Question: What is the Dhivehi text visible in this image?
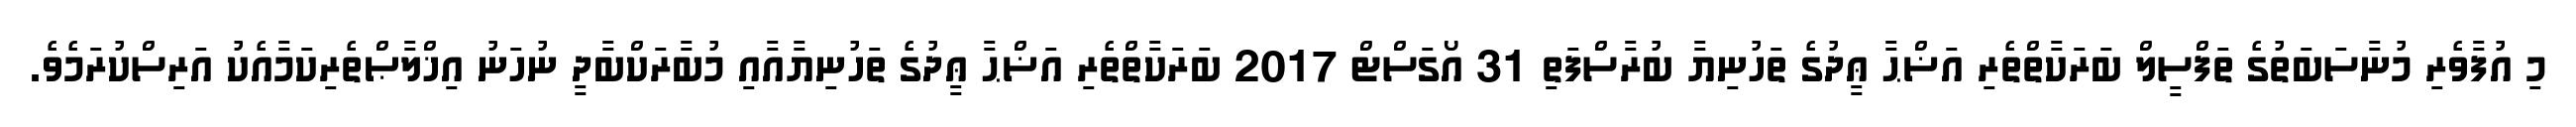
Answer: މި އުފާވެރި މުނާސަބަތުގެ ތަފްސީލް ބަރަކާތްތެރި އަޟްޙާ ޢީދުގެ ތަހުނިޔާ ބުރާސްފަތި 31 އޯގަސްޓް 2017 ބަރަކާތްތެރި އަޟްޙާ ޢީދުގެ ތަހުނިޔާއާއި މުބާރަކްބާދީ ނުހަނު އިޚްލާޞްތެރިކަމާއެކު އަރިސްކުރަމެވެ.